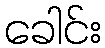
ခေါင်း